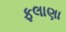
ફલાણા